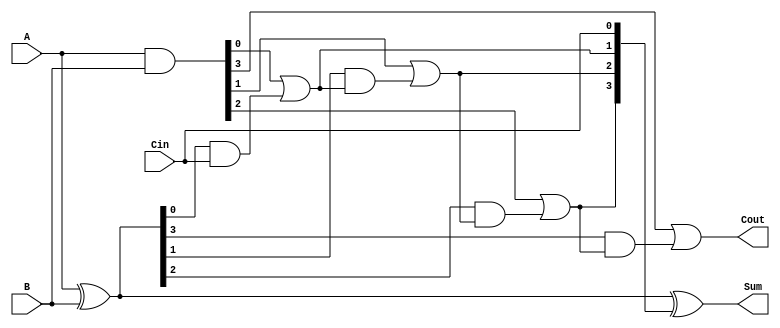
module carry_lookahead_adder #(parameter N = 4) (
    input  [N-1:0] A,     // First operand
    input  [N-1:0] B,     // Second operand
    input          Cin,    // Carry input
    output [N-1:0] Sum,    // Sum output
    output         Cout     // Carry output
);
    wire [N-1:0] G;  // Generate signals
    wire [N-1:0] P;  // Propagate signals
    wire [N:0] C;    // Carry outputs

    // Generate and Propagate signals
    assign G = A & B;               // G[i] = A[i] & B[i]
    assign P = A ^ B;               // P[i] = A[i] ^ B[i]

    // Carry generation
    assign C[0] = Cin;              // C[0] = Cin
    genvar i;
    generate
        for (i = 0; i < N; i = i + 1) begin : carry_gen
            if (i == 0) begin
                assign C[i + 1] = G[i] | (P[i] & C[i]); // C[1] = G[0] + (P[0] * Cin)
            end else begin
                assign C[i + 1] = G[i] | (P[i] & C[i]); // C[i + 1] = G[i] + (P[i] * C[i])
            end
        end
    endgenerate

    // Sum calculation
    assign Sum = P ^ C[N-1:0]; // Sum[i] = P[i] ^ C[i]

    // Carry output
    assign Cout = C[N]; // Carry output

endmodule